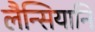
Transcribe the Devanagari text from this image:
लैन्सियानि